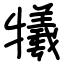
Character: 犧